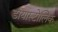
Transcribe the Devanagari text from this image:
डायास्टोलिक